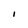
Character: I